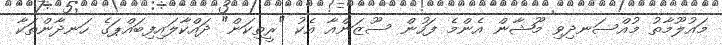
މައުލޫމާތު މުއްސަނދިވި މޫޝާން އެންމެ ފަހުން ސޫޒަންއާ އެކު "ރީތިކަން" ދައްކާލައިފިބަައްޕަގެ ހަނދާންތަކާ